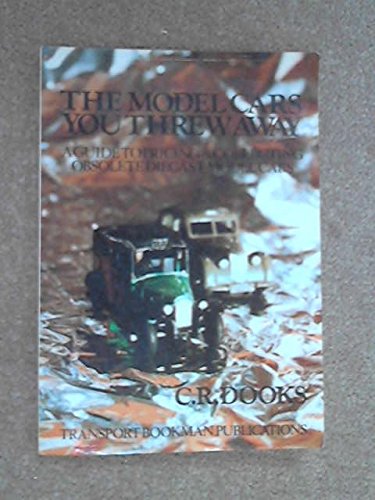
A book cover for Model Cars You Threw Away: Guide to Pricing and Collecting Obsolete Diecast Model Cars; C.R. Dooks; Crafts, Hobbies & Home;